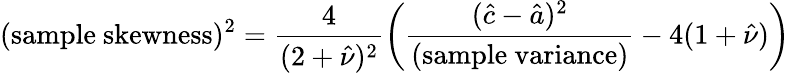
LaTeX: ({\mathrm{sample~skewness}})^{2}={\frac{4}{(2+{\hat{\nu}})^{2}}}{\bigg(}{\frac{({\hat{c}}-{\hat{a}})^{2}}{\mathrm{(sample~variance)}}}-4(1+{\hat{\nu}}){\bigg)}